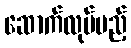
ဆောက်လုပ်မည့်